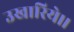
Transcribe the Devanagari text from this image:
उखारिये।।